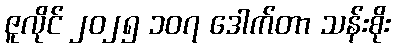
ဇူလိုင် ၂၀၂၅ ၁၀၇ ဒေါက်တာ သန်းစိုး